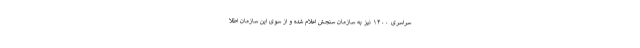
سراسری ۱۴۰۰ نیز به سازمان سنجش اعلام شده و از سوی این سازمان اطلا